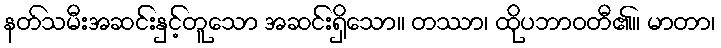
နတ်သမီးအဆင်းနှင့်တူသော အဆင်းရှိသော။ တဿာ၊ ထိုပဘာဝတီ၏။ မာတာ၊